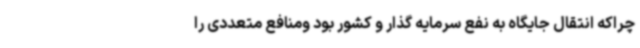
چراکه انتقال جایگاه به نفع سرمایه گذار و کشور بود ومنافع متعددی را